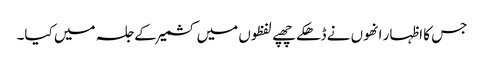
جس کا اظہار انھوں نے ڈھکے چھپے لفظوں میں کشمیر کے جلسہ میں کیا۔